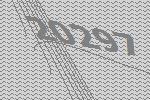
20297